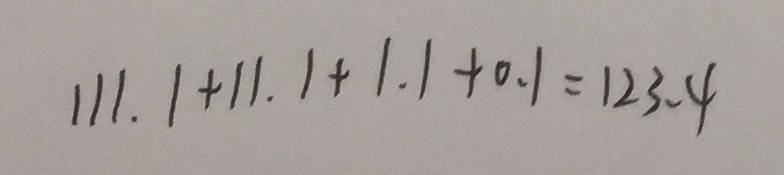
1 1 1 . 1 + 1 1 . 1 + 1 . 1 + 0 . 1 = 1 2 3 . 4